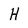
Character: H